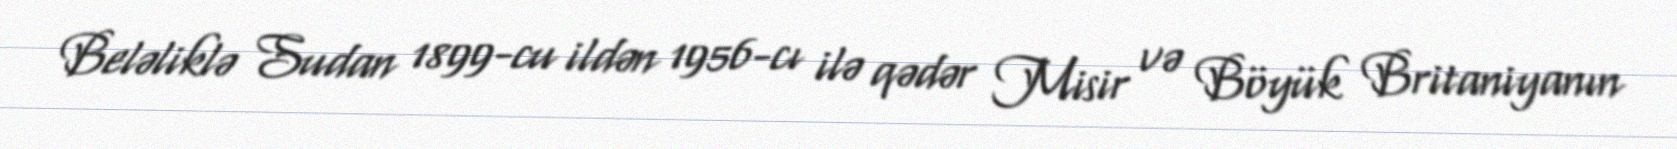
Beləliklə Sudan 1899-cu ildən 1956-cı ilə qədər Misir və Böyük Britaniyanın